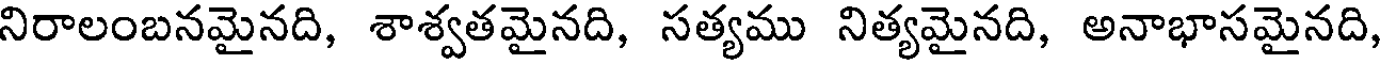
నిరాలంబనమైనది, శాశ్వతమైనది, సత్యము నిత్యమైనది, అనాభాసమైనది,